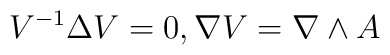
V^{-1} \Delta V =0, \nabla V = \nabla \wedge A